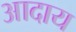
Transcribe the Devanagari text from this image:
आदाय